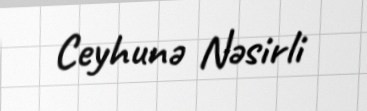
Ceyhunə Nəsirli